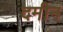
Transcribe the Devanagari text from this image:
दमीन